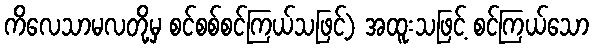
ကိလေသာမလတို့မှ စင်စစ်စင်ကြယ်သဖြင့်) အထူးသဖြင့် စင်ကြယ်သော